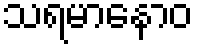
သရမာနောဝ